画像に写った文字を読んでください
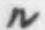
「ル」と書いてあります